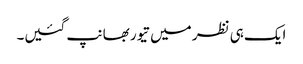
ایک ہی نظر میں تیور بھانپ گئیں۔